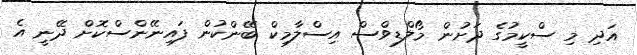
އަދި މި ސްކީމުގެ ދަށުން މޯލްޑިވްސް އިސްލާމިކް ބޭންކުން ފައިނޭންސްކޮށް ދޭނީ އެ